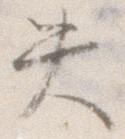
失